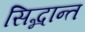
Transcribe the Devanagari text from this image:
सिद्भान्त